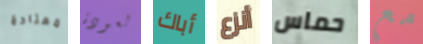
معتادة لعودة أباك أنزع حماس مع